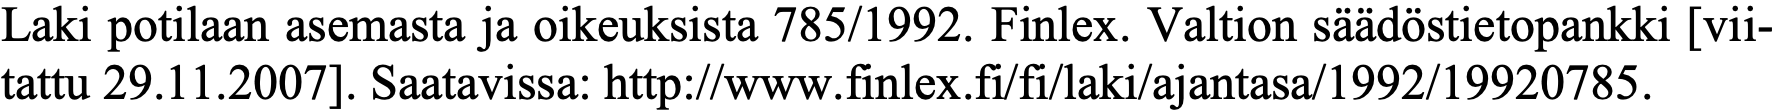
Laki potilaan asemasta ja oikeuksista 785/1992. Finlex. Valtion säädöstietopankki [vii- tattu 29.11.2007]. Saatavissa: http://www.finlex.fi/fi/laki/ajantasa/1992/19920785.